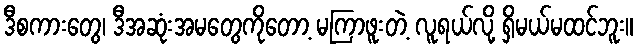
ဒီစကားတွေ၊ ဒီအဆုံးအမတွေကိုတော့ မကြာဖူးတဲ့ လူရယ်လို့ ရှိမယ်မထင်ဘူး။